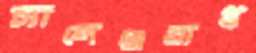
চ্যালেঞ্জপ্রাপ্ত